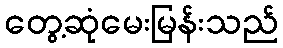
တွေ့ဆုံမေးမြန်းသည်